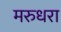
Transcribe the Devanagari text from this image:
मरुधरा